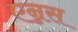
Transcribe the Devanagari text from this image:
एन्नस